Investigations on Bengal jail dietaries - Number 37
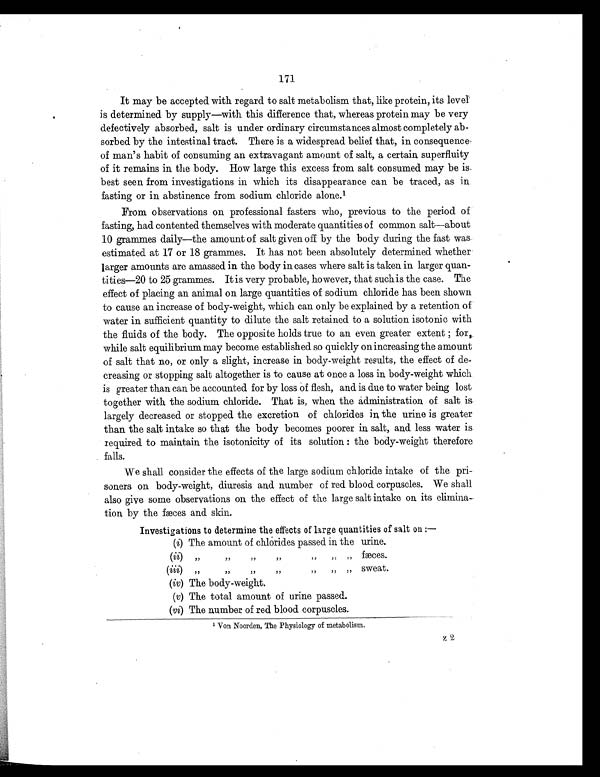
171
It may be accepted with regard to salt metabolism that, like protein, its level
i s det ermi ned by suppl y—wi t h t hi s di fference t hat , whereas prot ei n may be very
defectively absorbed, salt is under ordinary circumstances almost completely ab-
sorbed by the intestinal tract. There is a widespread belief that, in consequence
of man's habit of consuming an extravagant amount of salt, a certain superfluity
of it remains in. the body. How large this excess from salt consumed may be is
best seen from investigations in which its disappearance can be traced, as in
fasting or in abstinence from sodium chloride alone.
From observations on professional fasters who, previous to the period of
fasting, had contented themselves with moderate quantities of common salt—about
10 grammes daily—the amount of salt given off by the body during the fast was
estimated at 17 or 18 grammes. It has not been absolutely determined whether
larger amounts are amassed in the body in cases where salt is taken in larger quan-
tities—20 to 25 grammes. It is very probable, however, that such is the case. The
effect of placing an animal on large quantities of sodium chloride has been shown
to cause an increase of body-weight, which can only be explained by a retention of
water in sufficient quantity to dilute the salt retained to a solution isotonic with
the fluids of the body. The opposite holds true to an even greater extent ; for,
while salt equilibrium may become established so quickly on increasing the amount
of salt that no, or only a slight, increase in body-weight results, the effect of de-
creasing or stopping salt altogether is to cause at once a loss in body-weight which
is greater than can be accounted for by loss of flesh, and is due to water being lost
together with the sodium chloride. That is, when the administration of salt is
largely decreased or stopped the excretion of chlorides in the urine is greater
than the salt intake so that the body becomes poorer in salt, and less water is
required to maintain the isotonicity of its solution : the body-weight therefore
falls.
We shall consider the effects of the large sodium chloride intake of the pri-
soners on body-weight, diuresis and number of red blood corpuscles. We shall
also give some observations on the effect of the large salt intake on its elimina-
tion by the fæces and skin.
Investigations to determine the effects of large quantities of salt on :—
(i) The amount of chlorides passed in the urine.
( i i )
”
”
”,
”
”
”
”
fæces.
(iii)
„
”
”
”,
”
”
”
sweat.
(iv) The body-weight.
(v) The total amount of urine passed.
(vi) The number of red blood corpuscles.
1 Von Noorden, The Physiology of metabolism.